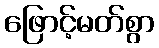
ဖြောင့်မတ်စွာ